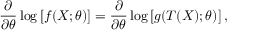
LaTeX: { \frac { \partial } { \partial \theta } } \log \left[ f ( X ; \theta ) \right] = { \frac { \partial } { \partial \theta } } \log \left[ g ( T ( X ) ; \theta ) \right] ,